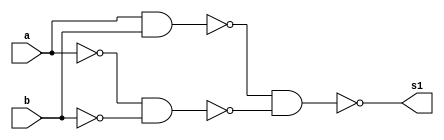
// -------------------------
// Guia_05 - GATES
// Nome: Marcos Antonio Lommez Candido Ribeiro
// 31/08/2022
// -------------------------

module A_xnor_B(output s1, input a, input b);
    wire w_1, w_2, w_3, w_4;
    nand NAND1(w_1, a, b);
    nand NAND2(w_2, a, a);
    nand NAND3(w_3, b, b);
    nand NAND4(w_4, w_2, w_3);
    nand NAND5(s1, w_1, w_4);
endmodule

module ex;
    reg a, b;    // independente
    wire s1;

    // nand NAND1(s1, a, b);
    A_xnor_B EX05_5(s1, a, b);

    initial
        begin: initial_values
            a = 1'b0; b = 1'b0;
        end

    initial
        begin: main
            $display ( "Marcos Antonio Lommez Candido Ribeiro - 771157" );
            $display ( "Guia05 - (~(a ^ b) = a XNOR b) (with NAND)" );
            $display ( "a b =  s");
            $monitor ( "%b %b =  %b", a, b, s1);

            #1 a = 0; b = 0; 
            #1 a = 0; b = 1;
            #1 a = 1; b = 0;
            #1 a = 1; b = 1;
        end

endmodule